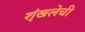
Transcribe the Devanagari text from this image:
शृंखलेची